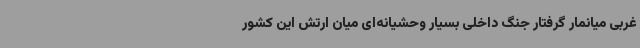
غربی میانمار گرفتار جنگ داخلی بسیار وحشیانه‌ای میان ارتش این کشور